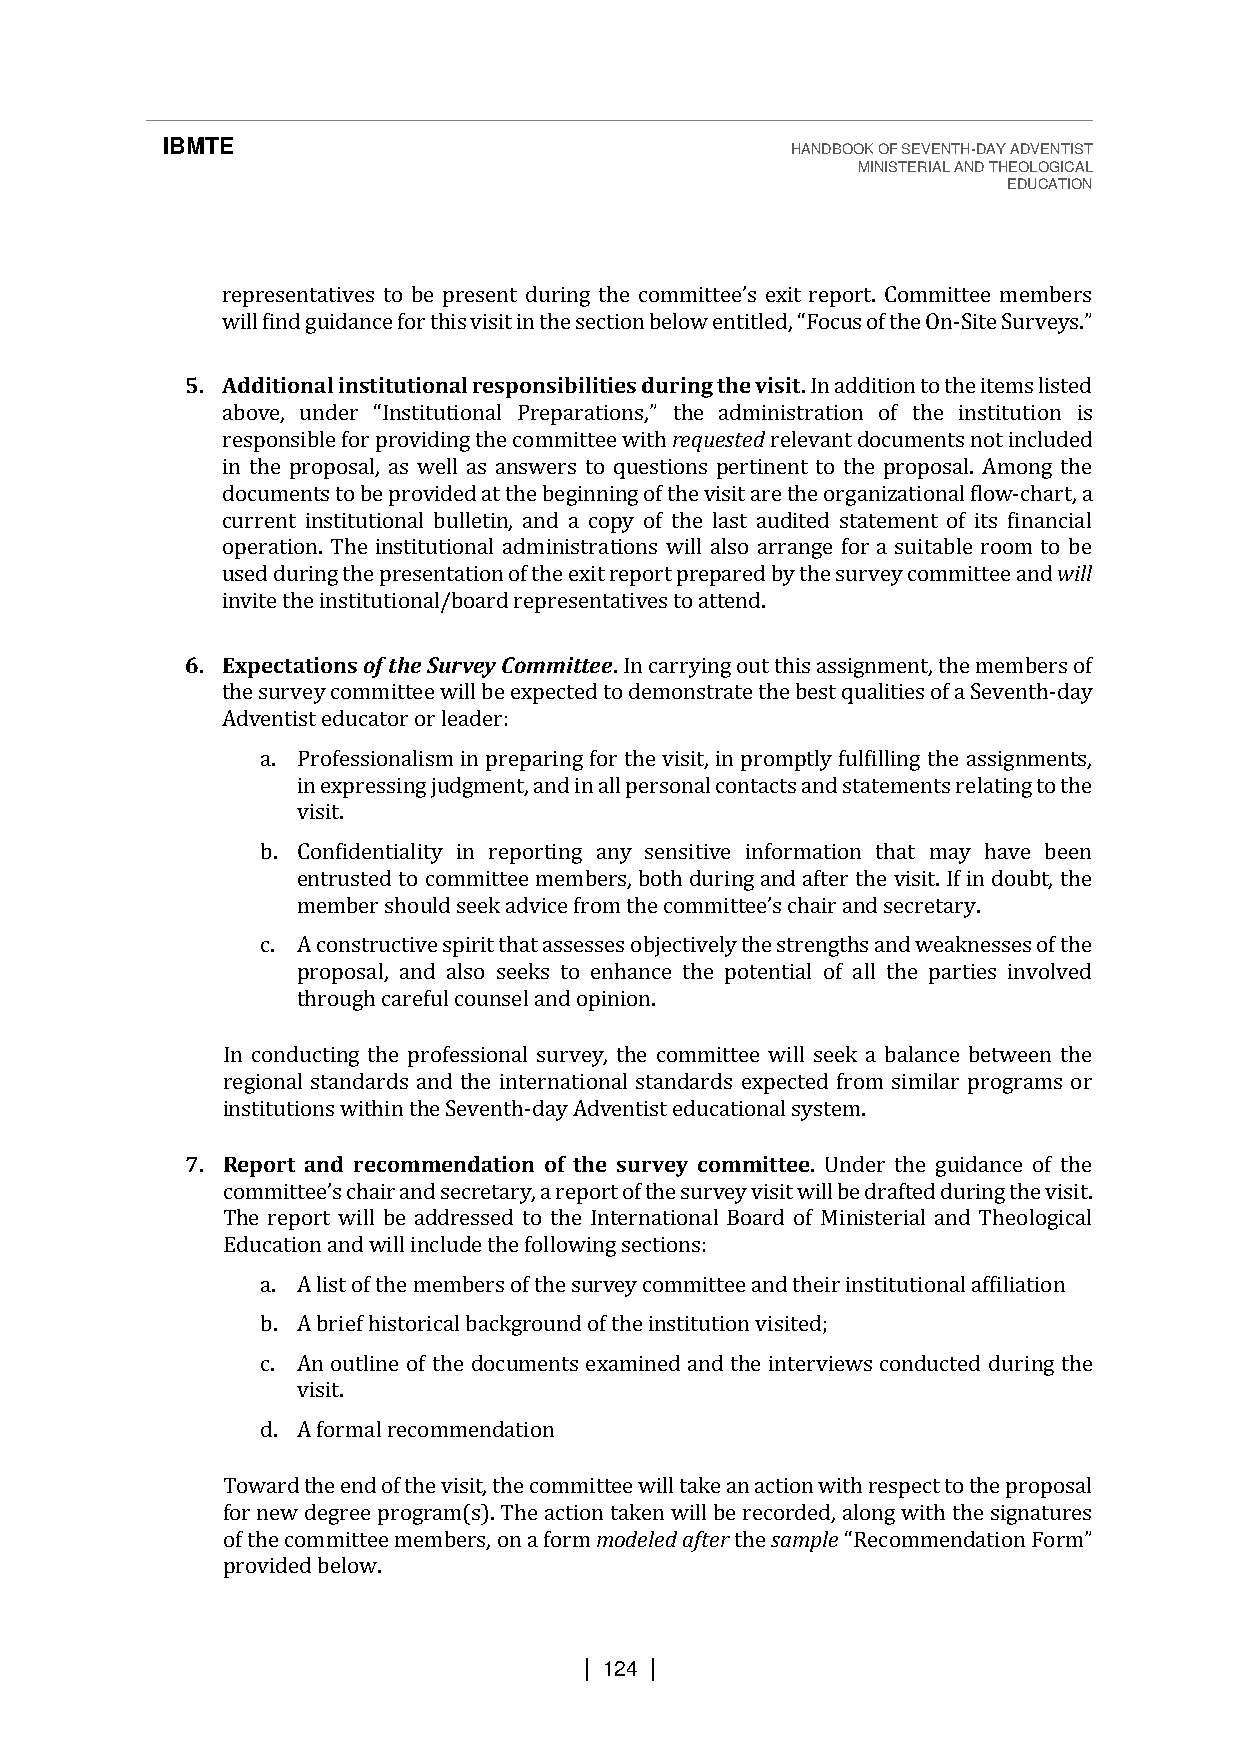
IBMTE                                    HANDBOOK OF SEVENTH-DAY ADVENTIST
 MINISTERIAL AND THEOLOGICAL
 EDUCATION
 will find gu                                    -
 representatives to be present during the committee’s exit report. Committee members
 idance for this visit in the section below entitled, “Focus of the On Site Surveys.”
 5. Additional institutional responsibilities during the visit. In addition to the items listed
 n is
 responsible for providing the committee with requested relevant documents not included
 ainb othvee, puronpdoesra l“, Ianss twitueltli oansa al nPswreeprasr atoti oqnuse,s” titohnes paedrmtiinneisnttr atoti othne opfr otphoes ailn. sAtimtuotniog the
 documents to be provided at the beginning of the visit are the organizational flow-chart, a
 current institutional bulletin, and a copy of the last audited statement of its financial
 operation. The institutional administrations will also arrange for a suitable room to be
 used during the presentation of the exit report prepared by the survey committee and will
 invite the institutional/board representatives to attend.
 6. Expectations of the Survey Committee. In carrying out this assignment, the members of
 the survey committee will be expected to demonstrate the best qualities of a Seventh-day
 Adventist educator or leader:
 a. Professionalism in preparing for the visit, in promptly fulfilling the assignments,
 in expressing judgment, and in all personal contacts and statements relating to the
 visit.
 b. Confidentiality in reporting any sensitive information that may have been
 entrusted to committee members, both during and after the visit. If in doubt, the
 .
 c. A constructive spirit that assesses objectively the strengths and weaknesses of the
 member should seek advice from the committee’s chair and secretary
 proposal, and also seeks to enhance the potential of all the parties involved
 through careful counsel and opinion.
 In conducting the professional survey, the committee will seek a balance between the
 regional standards and the international standards expected from similar programs or
 institutions within the Seventh-day Adventist educational system.
 7. Report and recommendation of the survey committee. Under the guidance of the
 The report will be addressed to the International Board of Ministerial and Theological
 cEodmucmatitiotene a’sn cdh waiirl la inndc lsuedcere tthaer yfo, all orewpionrgt soef ctthieo nsus:r vey visit will be drafted during the visit.
 a. A list of the members of the survey committee and their institutional affiliation
 b. A brief historical background of the institution visited;
 c. An outline of the documents examined and the interviews conducted during the
 visit.
 d. A formal recommendation
 Toward the end of the visit, the committee will take an action with respect to the proposal
 for new degree program(s). The action taken will be recorded, along with the signatures
 of the committee members, on a form modeled after the sample
 provided below.
 “Recommendation Form”
 | 124 |